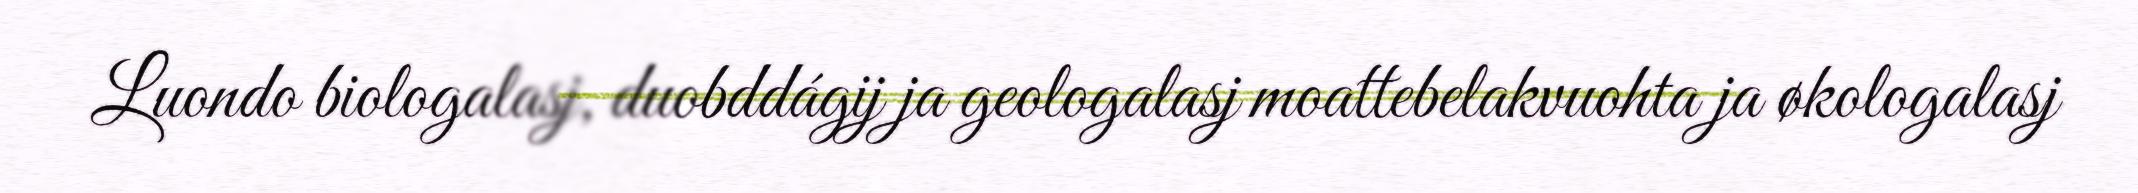
Luondo biologalasj, duobddágij ja geologalasj moattebelakvuohta ja økologalasj